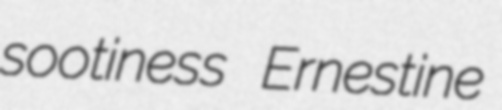
sootiness Ernestine